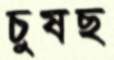
চুষছ